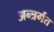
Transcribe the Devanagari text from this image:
अन्त्रर्गत